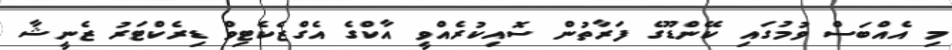
މި އެއްބަސް ވުމުގައި ކޭންޑޫގެ ފަރާތުން ސޮއިކުރެއްވީ އާކްގެ އެގްޒެކެޓިވް ޑިރެކްޓަރު ޒެނީޝާ